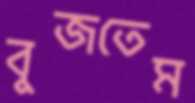
বুজতেম